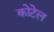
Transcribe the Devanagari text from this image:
कोटेल